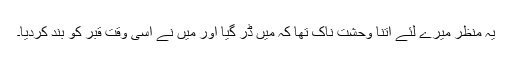
یہ منظر میرے لئے اتنا وحشت ناک تھا کہ میں ڈر گیا اور میں نے اسی وقت قبر کو بند کردیا۔